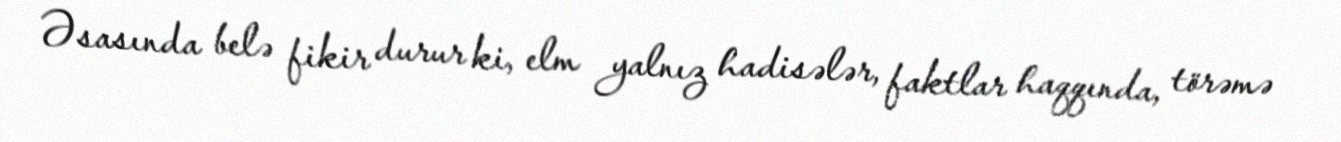
Əsasında belə fikir durur ki, elm yalnız hadisələr, faktlar haqqında, törəmə